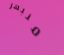
منبهر